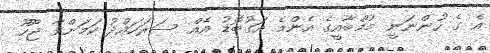
އެ ގެ ހުންނަނީ މުމްބާއީގެ އެންމެ އަގުބޮޑު އެއް ސަރަހައްދު ކަމަށްވާ ޖޫހޫ